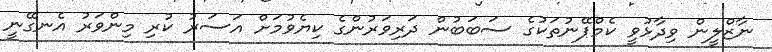
ނާޒްލީން ވިދާޅުވީ ކެމްޕޭނުތަކުގެ ސަބަބުން ދަރިވަރުންގެ ކިޔެވުމަށް އަސަރު ކުރި މިންވަރު އެނގޭނީ